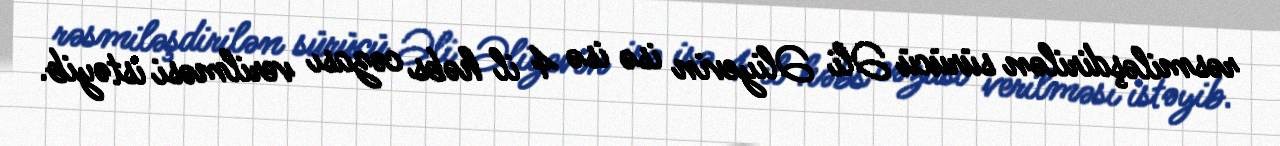
rəsmiləşdirilən sürücü Əli Əliyevin isə isə 4 il həbs cəzası verilməsi istəyib.